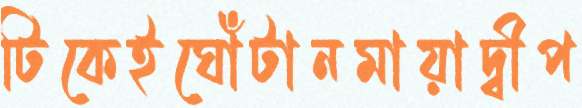
টিকেইঘোঁটানমায়াদ্বীপ